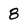
Character: 8